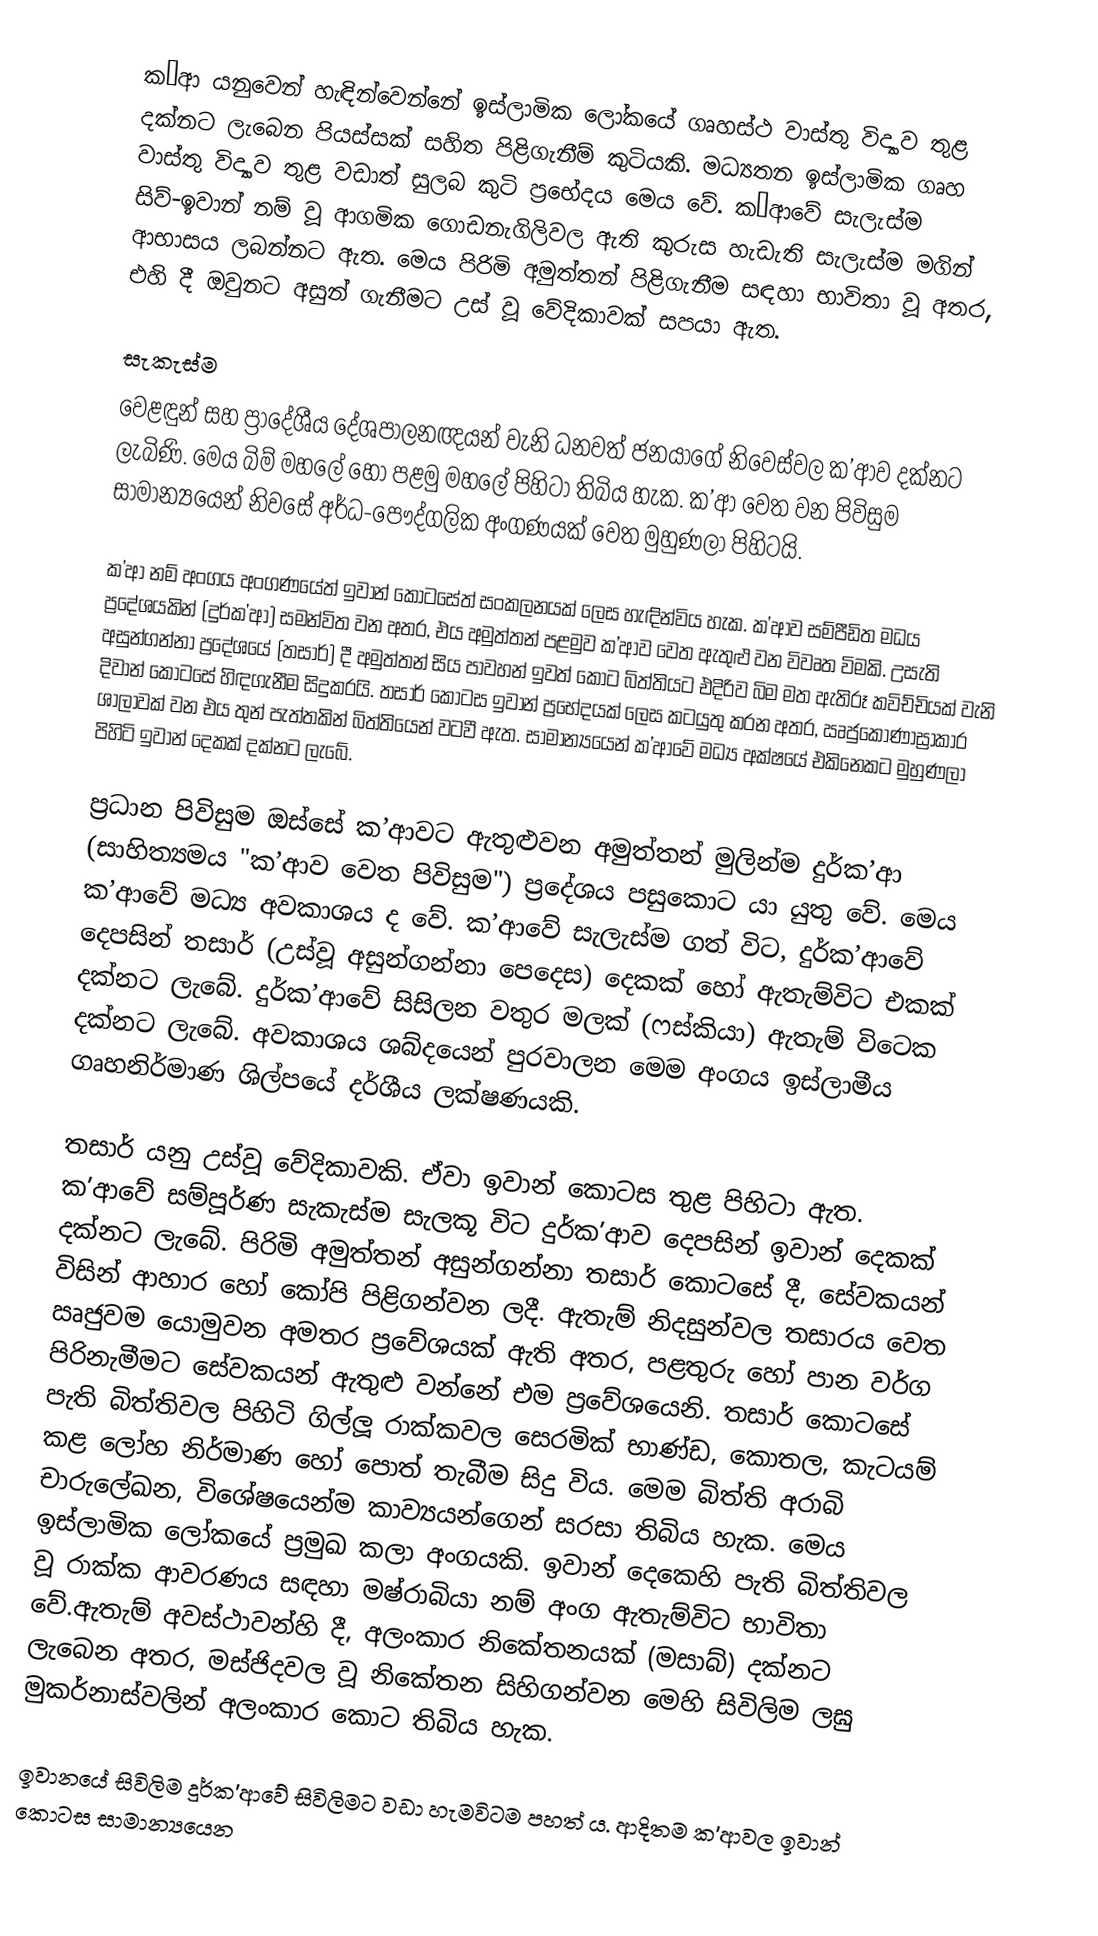
ක’ආ යනුවෙන් හැඳින්වෙන්නේ ඉස්ලාමික ලෝකයේ ගෘහස්ථ වාස්තු විද්‍යාව තුළ දක්නට ලැබෙන පියස්සක් සහිත පිළිගැනීම් කුටියකි. මධ්‍යතන ඉස්ලාමික ගෘහ වාස්තු විද්‍යාව තුළ වඩාත් සුලබ කුටි ප්‍රභේදය මෙය වේ. ක’ආවේ සැලැස්ම සිව්-ඉවාන් නම් වූ ආගමික ගොඩනැගිලිවල ඇති කුරුස හැඩැති සැලැස්ම මගින් ආභාසය ලබන්නට ඇත. මෙය පිරිමි අමුත්තන් පිළිගැනීම සඳහා භාවිතා වූ අතර, එහි දී ඔවුනට අසුන් ගැනීමට උස් වූ වේදිකාවක් සපයා ඇත.

සැකැස්ම
වෙළඳුන් සහ ප්‍රාදේශීය දේශපාලනඥයන් වැනි ධනවත් ජනයාගේ නිවෙස්වල ක’ආව දක්නට ලැබිණි. මෙය බිම් මහලේ හෝ පළමු මහලේ පිහිටා තිබිය හැක. ක’ආ වෙත වන පිවිසුම සාමාන්‍යයෙන් නිවසේ අර්ධ-පෞද්ගලික අංගණයක් වෙත මුහුණලා පිහිටයි.

ක’ආ නම් අංගය අංගණයේත් ඉවාන් කොටසේත් සංකලනයක් ලෙස හැඳින්විය හැක. ක’ආව සම්පීඩිත මධය ප්‍රදේශයකින් (දුර්ක’ආ) සමන්විත වන අතර, එය අමුත්තන් පළමුව ක’ආව වෙත ඇතුළු වන විවෘත විමකි. උසැති අසුන්ගන්නා ප්‍රදේශයේ (තසාර්) දී අමුත්තන් සිය පාවහන් ඉවත් කොට බිත්තියට එදිරිව බිම මත ඇතිරූ කවිච්චියක් වැනි දිවාන් කොටසේ හිඳගැනීම සිදුකරයි. තසාර් කොටස ඉවාන් ප්‍රභේදයක් ලෙස කටයුතු කරන අතර, ඍජුකෝණාස්‍රාකාර ශාලාවක් වන එය තුන් පැත්තකින් බිත්තියෙන් වටවී ඇත. සාමාන්‍යයෙන් ක’ආවේ මධ්‍ය අක්ෂයේ එකිනෙකට මුහුණලා පිහිටි ඉවාන් දෙකක් දක්නට ලැබේ.

ප්‍රධාන පිවිසුම ඔස්සේ ක’ආවට ඇතුළුවන අමුත්තන් මුලින්ම දුර්ක’ආ (සාහිත්‍යමය "ක’ආව වෙත පිවිසුම") ප්‍රදේශය පසුකොට යා යුතු වේ. මෙය ක’ආවේ මධ්‍ය අවකාශය ද වේ. ක’ආවේ සැලැස්ම ගත් විට, දුර්ක’ආවේ දෙපසින් තසාර් (උස්වූ අසුන්ගන්නා පෙදෙස) දෙකක් හෝ ඇතැම්විට එකක් දක්නට ලැබේ. දුර්ක’ආවේ සිසිලන වතුර මලක් (ෆස්කියා) ඇතැම් විටෙක දක්නට ලැබේ. ‍අවකාශය ශබ්දයෙන් පුරවාලන මෙම අංගය ඉස්ලාමීය ගෘහනිර්මාණ ශිල්පයේ දර්ශීය ලක්ෂණයකි.

තසාර් යනු උස්වූ වේදිකාවකි. ඒවා ඉවාන් කොටස තුළ පිහිටා ඇත. ක’ආවේ සම්පූර්ණ සැකැස්ම සැලකූ විට දුර්ක’ආව දෙපසින් ඉවාන් දෙකක් දක්නට ලැබේ. පිරිමි අමුත්තන් අසුන්ගන්නා තසාර් කොටසේ දී, සේවකයන් විසින් ආහාර හෝ කෝපි පිළිගන්වන ලදී. ඇතැම් නිදසුන්වල තසාරය වෙත ඍජුවම යොමුවන අමතර ප්‍රවේශයක් ඇති අතර, පළතුරු හෝ පාන වර්ග පිරිනැමීමට සේවකයන් ඇතුළු වන්නේ එම ප්‍රවේශයෙනි. තසාර් කොටසේ පැති බිත්තිවල පිහිටි ගිල්ලූ රාක්කවල සෙරමික් භාණ්ඩ, කොතල, කැටයම් කළ ලෝහ නිර්මාණ හෝ පොත් තැබීම සිදු විය. මෙම බිත්ති අරාබි චාරුලේඛන, විශේෂයෙන්ම කාව්‍යයන්ගෙන් සරසා තිබිය හැක. මෙය ඉස්ලාමික ලෝකයේ ප්‍රමුඛ කලා අංගයකි. ඉවාන් දෙකෙහි පැති බිත්තිවල වූ රාක්ක ආවරණය සඳහා මෂ්රාබියා නම් අංග ඇතැම්විට භාවිතා වේ.ඇතැම් අවස්ථාවන්හි දී, අලංකාර නිකේතනයක් (මසාබ්) දක්නට ලැබෙන අතර, මස්ජිදවල වූ නිකේතන සිහිගන්වන මෙහි සිවිලිම ලඝු මුකර්නාස්වලින් අලංකාර කොට තිබිය හැක.

ඉවානයේ සිවිලිම දුර්ක’ආවේ සිවිලිමට වඩා හැමවිටම පහත් ය. ආදිතම ක’ආවල ඉවාන් කොටස සාමාන්‍යයෙන